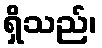
ရှိသည်၊